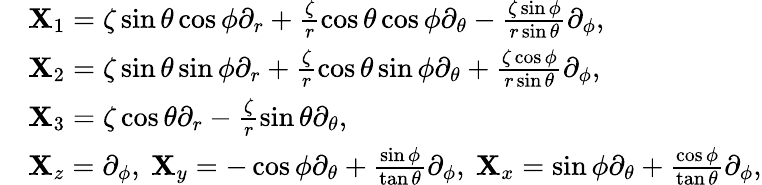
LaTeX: \begin{array}{r}{\begin{array}{rl}&{{\mathbf X}_{1}=\zeta\sin\theta\cos\phi\partial_{r}+\frac{\zeta}{r}\cos\theta\cos\phi\partial_{\theta}-\frac{\zeta\sin\phi}{r\sin\theta}\partial_{\phi},}\\ &{{\mathbf X}_{2}=\zeta\sin\theta\sin\phi\partial_{r}+\frac{\zeta}{r}\cos\theta\sin\phi\partial_{\theta}+\frac{\zeta\cos\phi}{r\sin\theta}\partial_{\phi},}\\ &{{\mathbf X}_{3}=\zeta\cos\theta\partial_{r}-\frac{\zeta}{r}\sin\theta\partial_{\theta},}\\ &{{\mathbf X}_{z}=\partial_{\phi},~{\mathbf X}_{y}=-\cos\phi\partial_{\theta}+\frac{\sin\phi}{\tan\theta}\partial_{\phi},~{\mathbf X}_{x}=\sin\phi\partial_{\theta}+\frac{\cos\phi}{\tan\theta}\partial_{\phi},}\end{array}}\end{array}